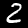
Label: 2